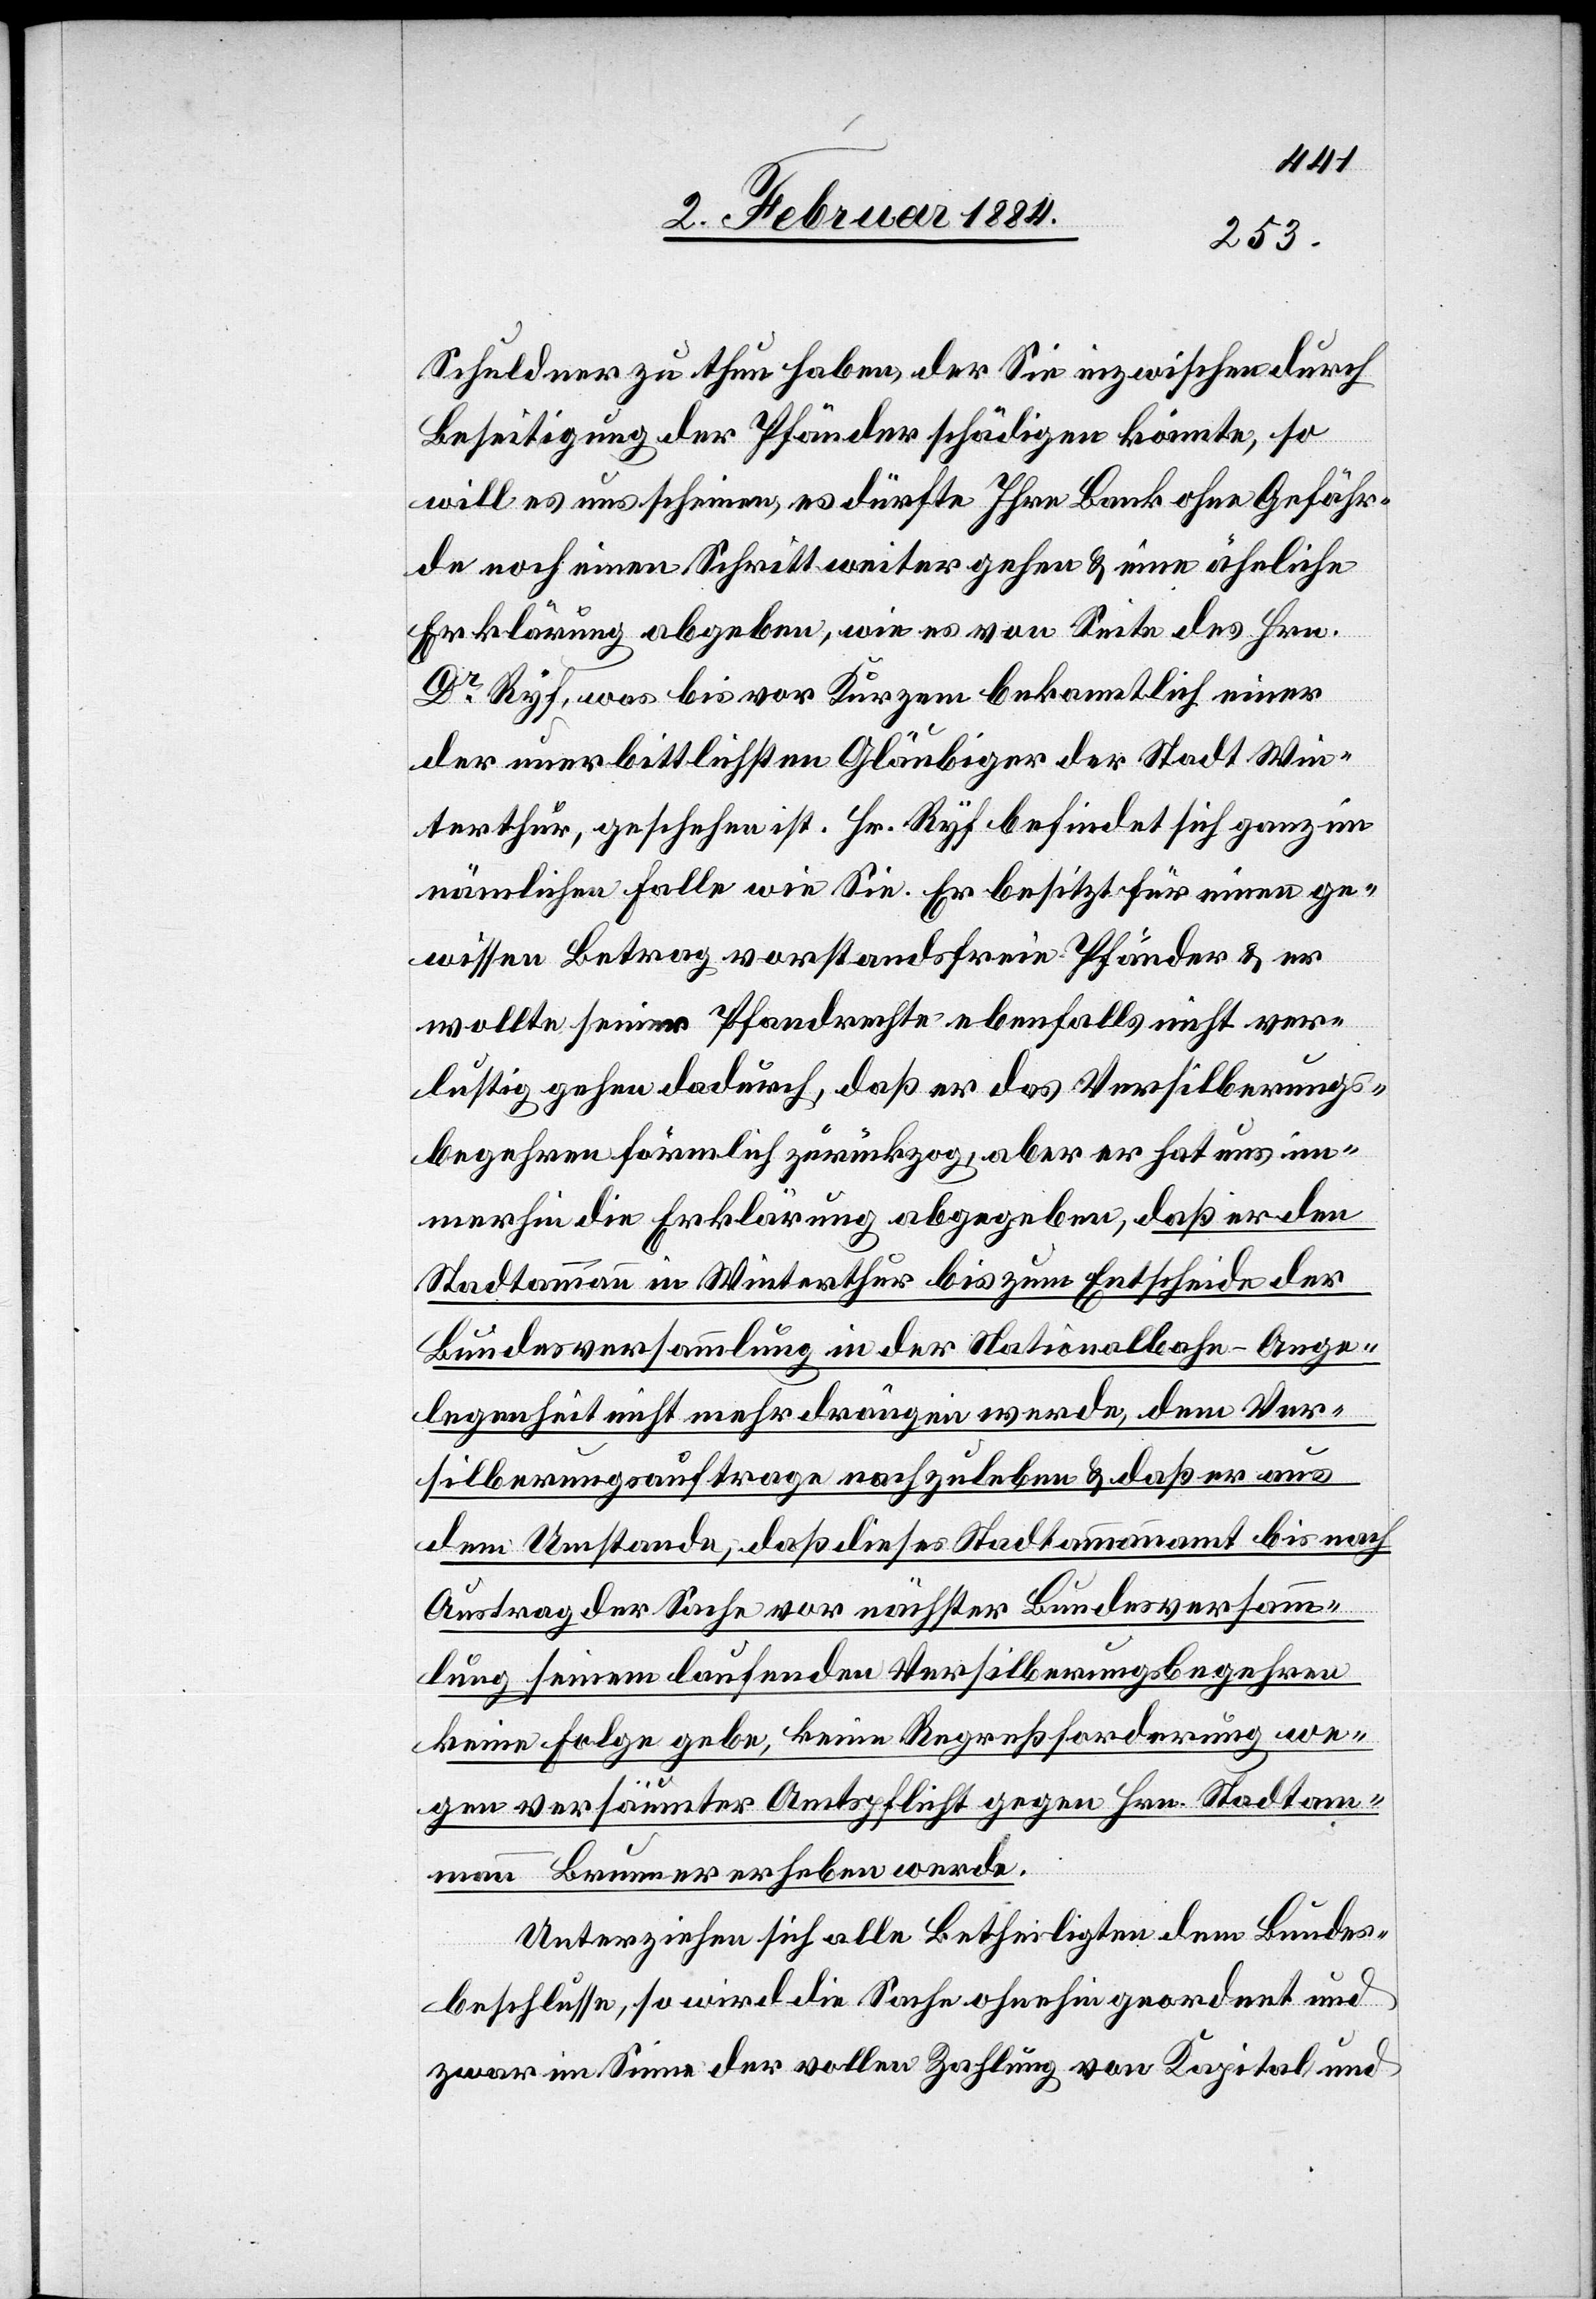
Schuldner zu thun haben, der Sie inzwischen durch
Beseitigung der Pfänder schädigen könnte, so
will es uns scheinen, es dürfte Ihre Bank ohne Gefähr¬
de noch einen Schritt weiter gehen & eine ähnliche
Erklärung abgeben, wie es von Seite des Hrn.
Dr Ryf, was [sic!] bis vor Kurzem bekanntlich einer
der unerbittlichsten Gläubiger der Stadt Win¬
terthur, geschehen ist. Hr. Ryf befindet sich ganz im
nämlichen Falle wie Sie. Er besitzt für einen ge¬
wissen Betrag vorstandsfreie Pfänder & er
wollte seiner Pfandrechte ebenfalls nicht ver¬
lustig gehen dadurch, daß er das Versilberungs¬
begehren förmlich zurückzog, aber er hat uns im¬
merhin die Erklärung abgegeben, daß er den
Stadtammann in Winterthur bis zum Entscheide der
Bundesversammlung in der Nationalbahn-Ange¬
legenheit nicht mehr drängen werde, dem Ver¬
silberungsauftrage nachzuleben & daß er aus
dem Umstande, daß dieses Stadtammannamt bis nach
Austrag der Sache vor nächster Bundesversamm¬
lung seinem laufenden Versilberungsbegehren
keine Folge gebe, keine Regreßforderungen we¬
gen versäumter Amtspflicht gegen Hrn. Stadtam¬
mann Brunner erheben werde.
Unterziehen sich alle Betheiligten dem Bundes¬
beschlusse, so wird die Sache ohnehin geordnet und
zwar im Sinne der vollen Zahlung von Kapital und